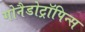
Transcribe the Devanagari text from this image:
गोनैडोट्रॉपिन्स